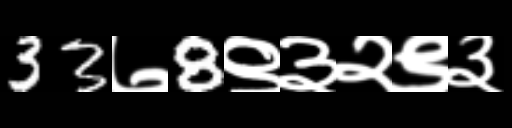
Text: 33७8९३२९३